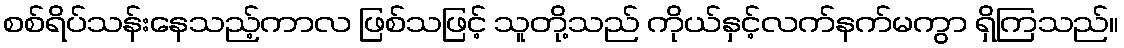
စစ်ရိပ်သန်းနေသည့်ကာလ ဖြစ်သဖြင့် သူတို့သည် ကိုယ်နှင့်လက်နက်မကွာ ရှိကြသည်။